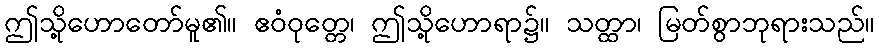
ဤသို့ဟောတော်မူ၏။ ဧဝံဝုတ္တေ၊ ဤသို့ဟောရာ၌။ သတ္ထာ၊ မြတ်စွာဘုရားသည်။